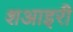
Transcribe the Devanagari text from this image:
शआइरी